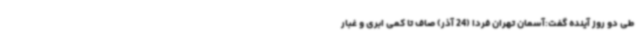
طی دو روز آینده گفت:آسمان تهران فردا (24 آذر) صاف تا کمی ابری و غبار